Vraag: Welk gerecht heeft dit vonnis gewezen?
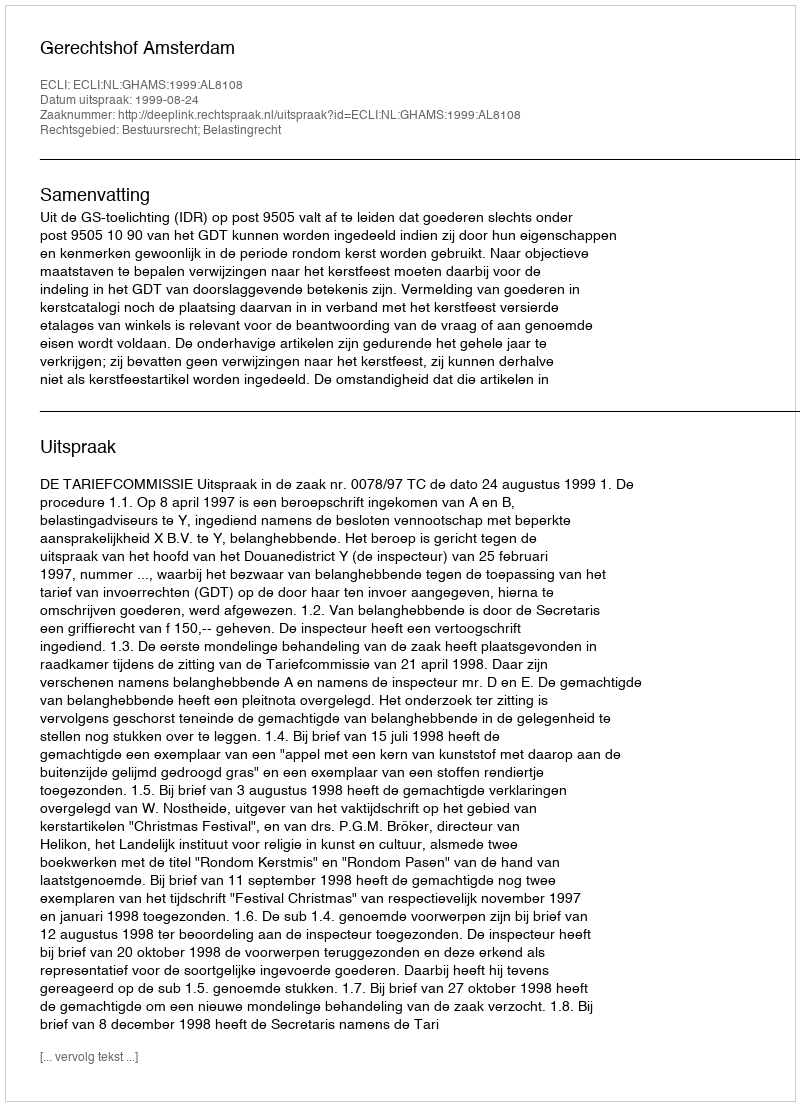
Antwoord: Gerechtshof Amsterdam